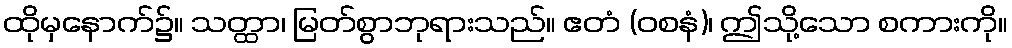
ထိုမှနောက်၌။ သတ္ထာ၊ မြတ်စွာဘုရားသည်။ ဧတံ (ဝစနံ)၊ ဤသို့သော စကားကို။